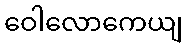
ဝေါလောကေယျ